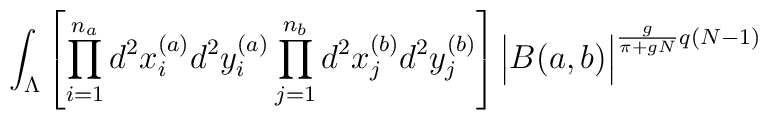
\int_{\Lambda} \left[\prod_{i=1}^{n_a} d^2x_{i}^{(a)} d^2y_{i}^{(a)}\prod_{j=1}^{n_b} d^2x_{j}^{(b)} d^2y_{j}^{(b)} \right]\Big| B(a,b) \Big|^{\frac{g}{\pi+gN}q(N-1)} \;